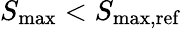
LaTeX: S_{\textrm{max}}<S_{\textrm{max,ref}}